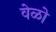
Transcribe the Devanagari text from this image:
वेळो